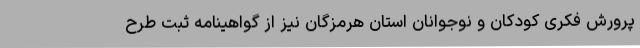
پرورش فکری کودکان و نوجوانان استان هرمزگان نیز از گواهینامه ثبت طرح